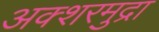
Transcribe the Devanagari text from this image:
अक्शरमुद्रा